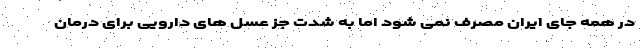
در همه جای ایران مصرف نمی شود اما به شدت جز عسل های دارویی برای درمان